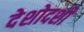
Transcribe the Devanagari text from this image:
देशोदशी